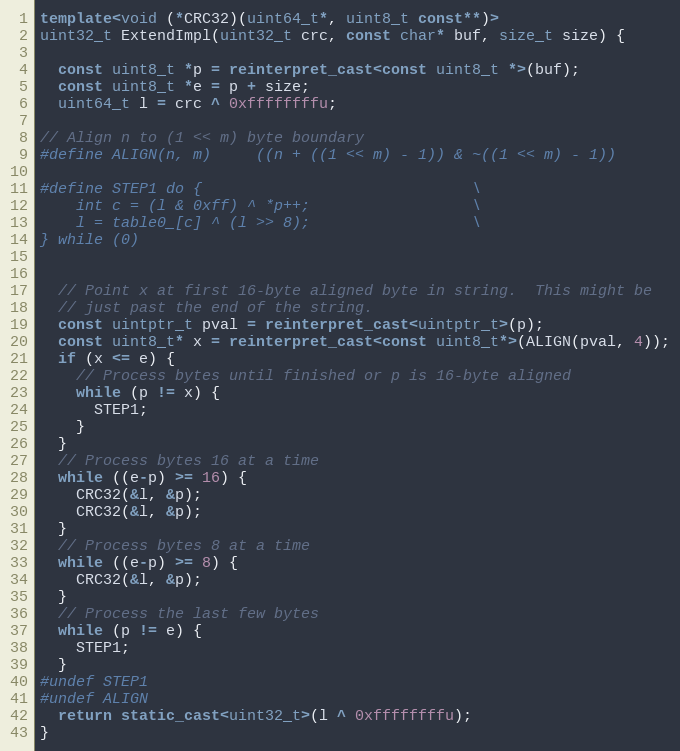
Language: C++
template<void (*CRC32)(uint64_t*, uint8_t const**)>
uint32_t ExtendImpl(uint32_t crc, const char* buf, size_t size) {

  const uint8_t *p = reinterpret_cast<const uint8_t *>(buf);
  const uint8_t *e = p + size;
  uint64_t l = crc ^ 0xffffffffu;

// Align n to (1 << m) byte boundary
#define ALIGN(n, m)     ((n + ((1 << m) - 1)) & ~((1 << m) - 1))

#define STEP1 do {                              \
    int c = (l & 0xff) ^ *p++;                  \
    l = table0_[c] ^ (l >> 8);                  \
} while (0)

  // Point x at first 16-byte aligned byte in string.  This might be
  // just past the end of the string.
  const uintptr_t pval = reinterpret_cast<uintptr_t>(p);
  const uint8_t* x = reinterpret_cast<const uint8_t*>(ALIGN(pval, 4));
  if (x <= e) {
    // Process bytes until finished or p is 16-byte aligned
    while (p != x) {
      STEP1;
    }
  }
  // Process bytes 16 at a time
  while ((e-p) >= 16) {
    CRC32(&l, &p);
    CRC32(&l, &p);
  }
  // Process bytes 8 at a time
  while ((e-p) >= 8) {
    CRC32(&l, &p);
  }
  // Process the last few bytes
  while (p != e) {
    STEP1;
  }
#undef STEP1
#undef ALIGN
  return static_cast<uint32_t>(l ^ 0xffffffffu);
}